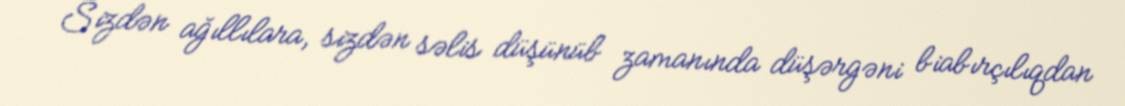
Sizdən ağıllılara, sizdən səlis düşünüb zamanında düşərgəni biabırçılıqdan